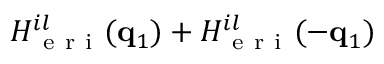
H _ { \mathrm { ~ e ~ r ~ i ~ } } ^ { i l } ( \mathbf { q } _ { 1 } ) + H _ { \mathrm { ~ e ~ r ~ i ~ } } ^ { i l } ( - \mathbf { q } _ { 1 } )